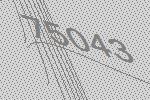
75043